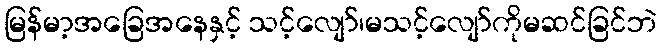
မြန်မာ့အခြေအနေနှင့် သင့်လျော်၊မသင့်လျော်ကိုမဆင်ခြင်ဘဲ